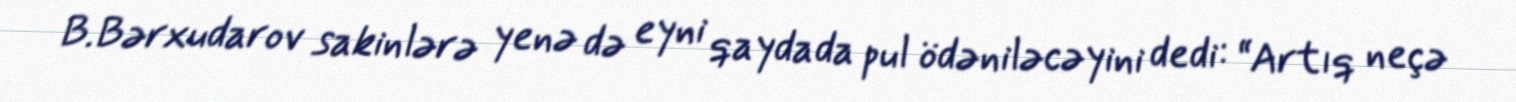
B.Bərxudarov sakinlərə yenə də eyni qaydada pul ödəniləcəyini dedi: “Artıq neçə